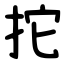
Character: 拕